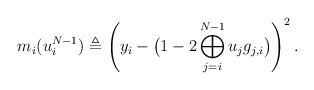
\begin{align*} m_i(u_i^{N-1}) \triangleq \left(y_i-\big(1-2\bigoplus_{j=i}^{N-1}u_j g_{j,i}\big) \right)^2.\end{align*}